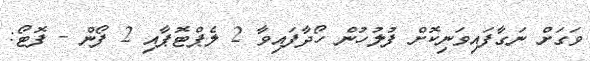
ވަގަށް ނަގާފައިވަނިކޮށް ފުލުހުން ހޯދާފައިވާ 2 ލެޕްޓޮޕާއި 2 ފޯން - ފޮޓޯ: